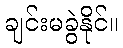
ချင်းမခွဲနိုင်။